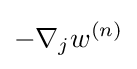
-\nabla _{j}w^{(n)}